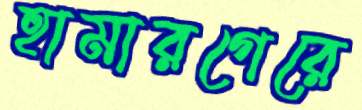
হামারগেরে